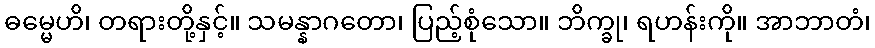
ဓမ္မေဟိ၊ တရားတို့နှင့်။ သမန္နာဂတော၊ ပြည့်စုံသော။ ဘိက္ခု၊ ရဟန်းကို။ အာဘာတံ၊